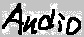
Text: Audio